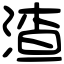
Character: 渣